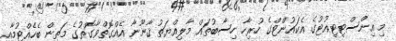
މި އިންސްޓިޓިއުޓުގެ އެކައުންޓްގެ ހުރިހާ ހިސާބުތައް މާލިއްޔަތު ޤާނޫނާ އެއްގޮތްވާގޮތުގެ މަތިން ބެހެއްޓުމާއި